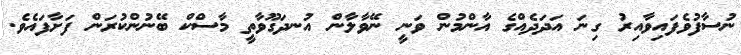
ނުސާފުވެފައިވާއިރު ގިނަ އަދަދެއްގެ އާންމުން ވަނީ ނޭވާލާން އުނދަގޫވާތީ މާސްކް ބޭނުންކުރަން ފަށާފައެވެ.